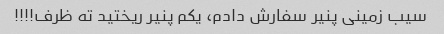
سیب زمینی پنیر سفارش دادم، یکم پنیر ریختید ته ظرف!!!!